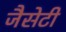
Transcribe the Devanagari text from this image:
जैसेटी